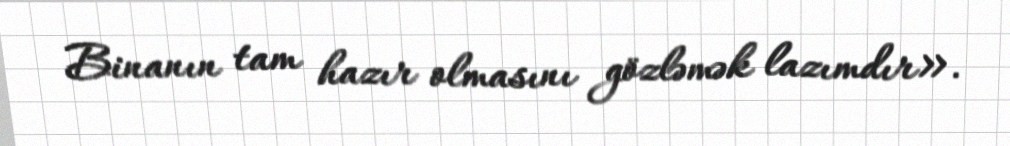
Binanın tam hazır olmasını gözləmək lazımdır».